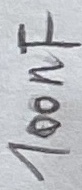
Text: 100nF